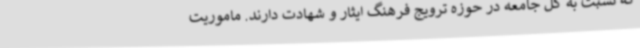
که نسبت به کل جامعه در حوزه ترویج فرهنگ ایثار و شهادت دارند. ماموریت